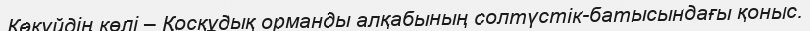
Көкүйдің көлі – Қосқұдық орманды алқабының солтүстік-батысындағы қоныс.